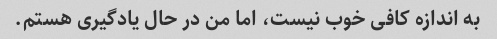
به اندازه کافی خوب نیست، اما من در حال یادگیری هستم.